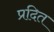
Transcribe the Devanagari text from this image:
प्रदित